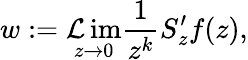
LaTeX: w:=\operatorname*{\mathcal{L}im}_{z\to0}\frac{{1}}{{z^{k}}}S_{z}^{\prime}f(z),